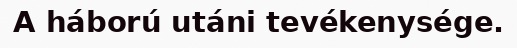
A háború utáni tevékenysége.